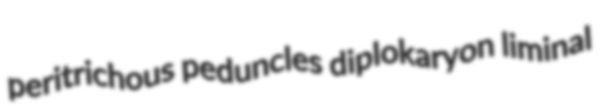
peritrichous peduncles diplokaryon liminal